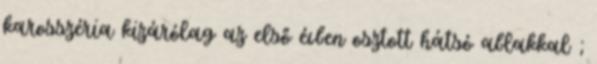
karosszéria kizárólag az első évben osztott hátsó ablakkal ;